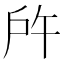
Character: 𢨵